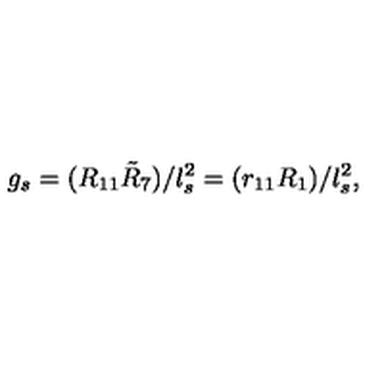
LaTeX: g _ { s } = ( R _ { 1 1 } \tilde { R } _ { 7 } ) / l _ { s } ^ { 2 } = ( r _ { 1 1 } R _ { 1 } ) / l _ { s } ^ { 2 } ,